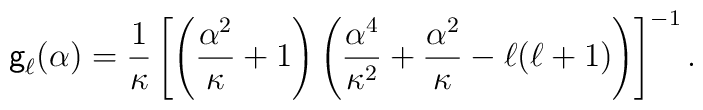
{\sf g}_{\ell}({\alpha})=\frac{1}{\kappa}\left[\left({\frac{\alpha^2}{\kappa}+1}\right)\left(\frac{\alpha^4}{\kappa^2}+\frac{\alpha^2}{\kappa}-{\ell}({\ell}+1)\right)\right]^{-1}.